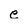
Character: e